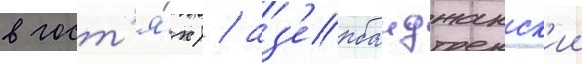
в гост'я́х) / аз'ербаиджанск'ии